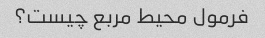
فرمول محیط مربع چیست؟